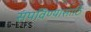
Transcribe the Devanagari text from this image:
संपविण्यासाठि